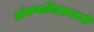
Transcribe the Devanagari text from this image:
अंकगणितावरचे